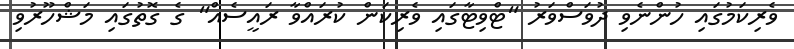
ވެރިކަމުގައި ހުންނެވި ދުވަސްވަރު "ޓްވިޓާގައި ވެރިކަން ކުރައްވާ ރައީސެއް" ގެ ގޮތުގައި މަޝްހޫރުވި